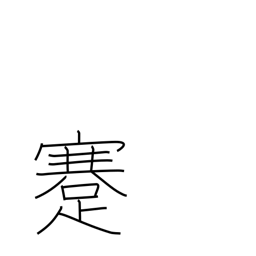
Meaning: cripple